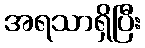
အရသာရှိပြီး